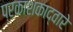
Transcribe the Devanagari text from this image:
प्रकाशकाद्वारे